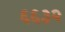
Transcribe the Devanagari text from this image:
६६३२